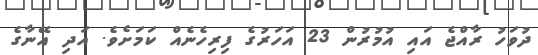
ދުވަހު ރާއްޖެ އައި އުމުރުން 23 އަހަރުގެ ފިރިހެނެއް ކަމަށެވެ. އަދި އޭނާގެ